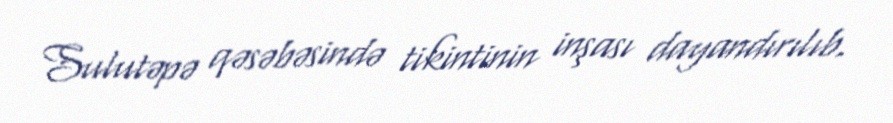
Sulutəpə qəsəbəsində tikintinin inşası dayandırılıb.